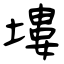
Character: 塿